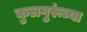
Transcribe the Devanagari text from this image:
कुलगुरूंच्या